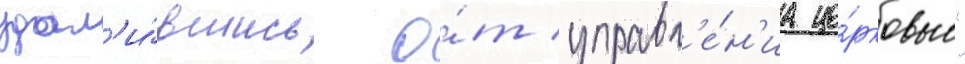
удал'и́вшись о́т управл'е́н'иа це́рковью"